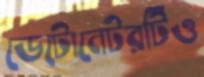
ডেটোনেটরটিও